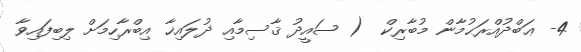
4- ޢަބްދުއްރަޙުމާން މުބާރިކް  ( ސައީދު ޤާސިމާއި ޛުލައިޚާ އިބްރާހިމަށް ލިބިފައިވާ